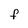
Character: f